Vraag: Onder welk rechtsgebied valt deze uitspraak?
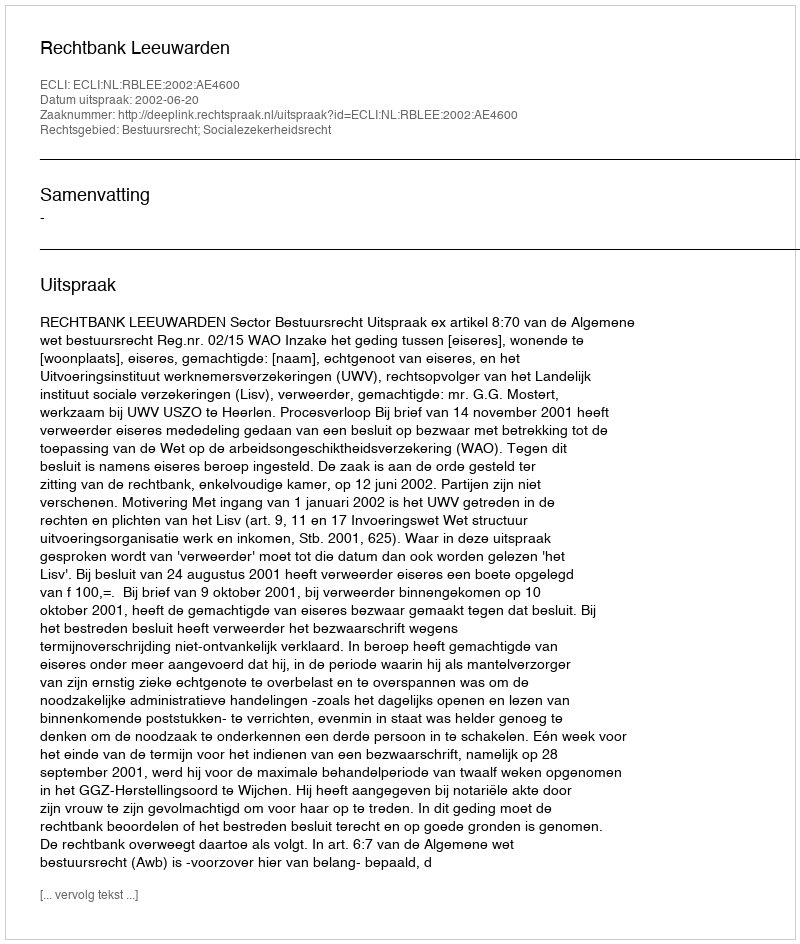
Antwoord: Bestuursrecht; Socialezekerheidsrecht